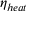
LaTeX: \eta _ { h e a t }